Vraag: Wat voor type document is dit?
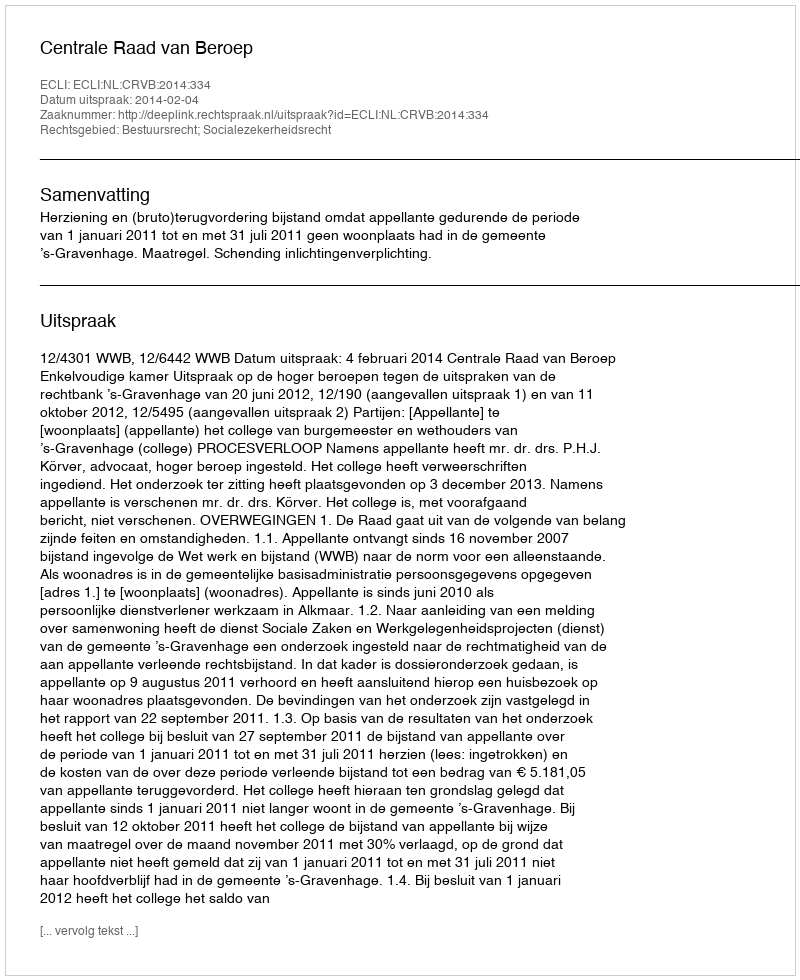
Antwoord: Uitspraak